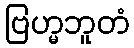
ဗြဟ္မဘူတံ